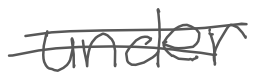
Text: under
Cross-out: double-line
Writing tool: digital_gray